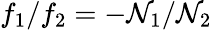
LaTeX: f_{1}/f_{2}=-\mathcal{N}_{1}/\mathcal{N}_{2}